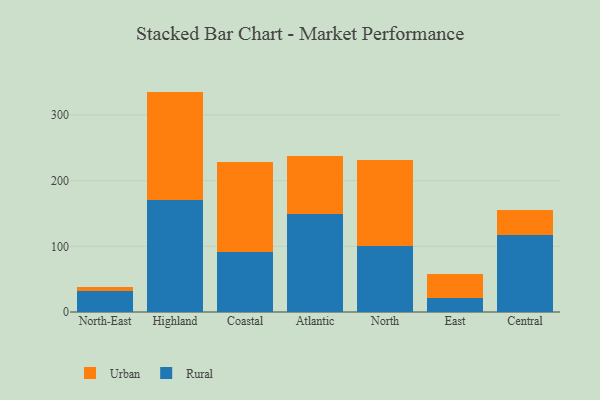
{"axis": {"x": "Region", "y": "Production Output"}, "legend": ["Rural", "Urban"], "data": [{"x": "North-East", "y": 31.8, "type": "Rural"}, {"x": "North-East", "y": 7.0, "type": "Urban"}, {"x": "Highland", "y": 169.9, "type": "Rural"}, {"x": "Highland", "y": 165.6, "type": "Urban"}, {"x": "Coastal", "y": 91.6, "type": "Rural"}, {"x": "Coastal", "y": 136.6, "type": "Urban"}, {"x": "Atlantic", "y": 148.5, "type": "Rural"}, {"x": "Atlantic", "y": 88.6, "type": "Urban"}, {"x": "North", "y": 100.4, "type": "Rural"}, {"x": "North", "y": 130.7, "type": "Urban"}, {"x": "East", "y": 20.8, "type": "Rural"}, {"x": "East", "y": 36.9, "type": "Urban"}, {"x": "Central", "y": 117.6, "type": "Rural"}, {"x": "Central", "y": 37.4, "type": "Urban"}]}